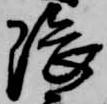
隈